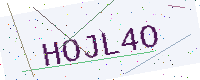
Text: HOJL4O